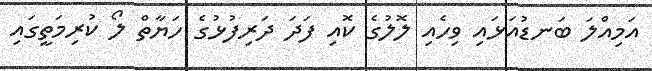
އަމިއްލަ ބަނޑުއަޅައި ވިހެއި ލޮލުގެ ކޮއި ފަދަ ދަރިފުޅުގެ ހަޔާތް ލޯ ކުރިމަތީގައި